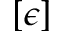
[ \epsilon ]